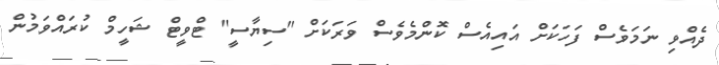
ދެއްވި ނަމަވެސް ފަހަކަށް އައިއެސް ކޮންމެވެސް ވަރަކަށް "ސިޔާސީ" ޓްވީޓް ޝަހީމް ކުރައްވަމުން